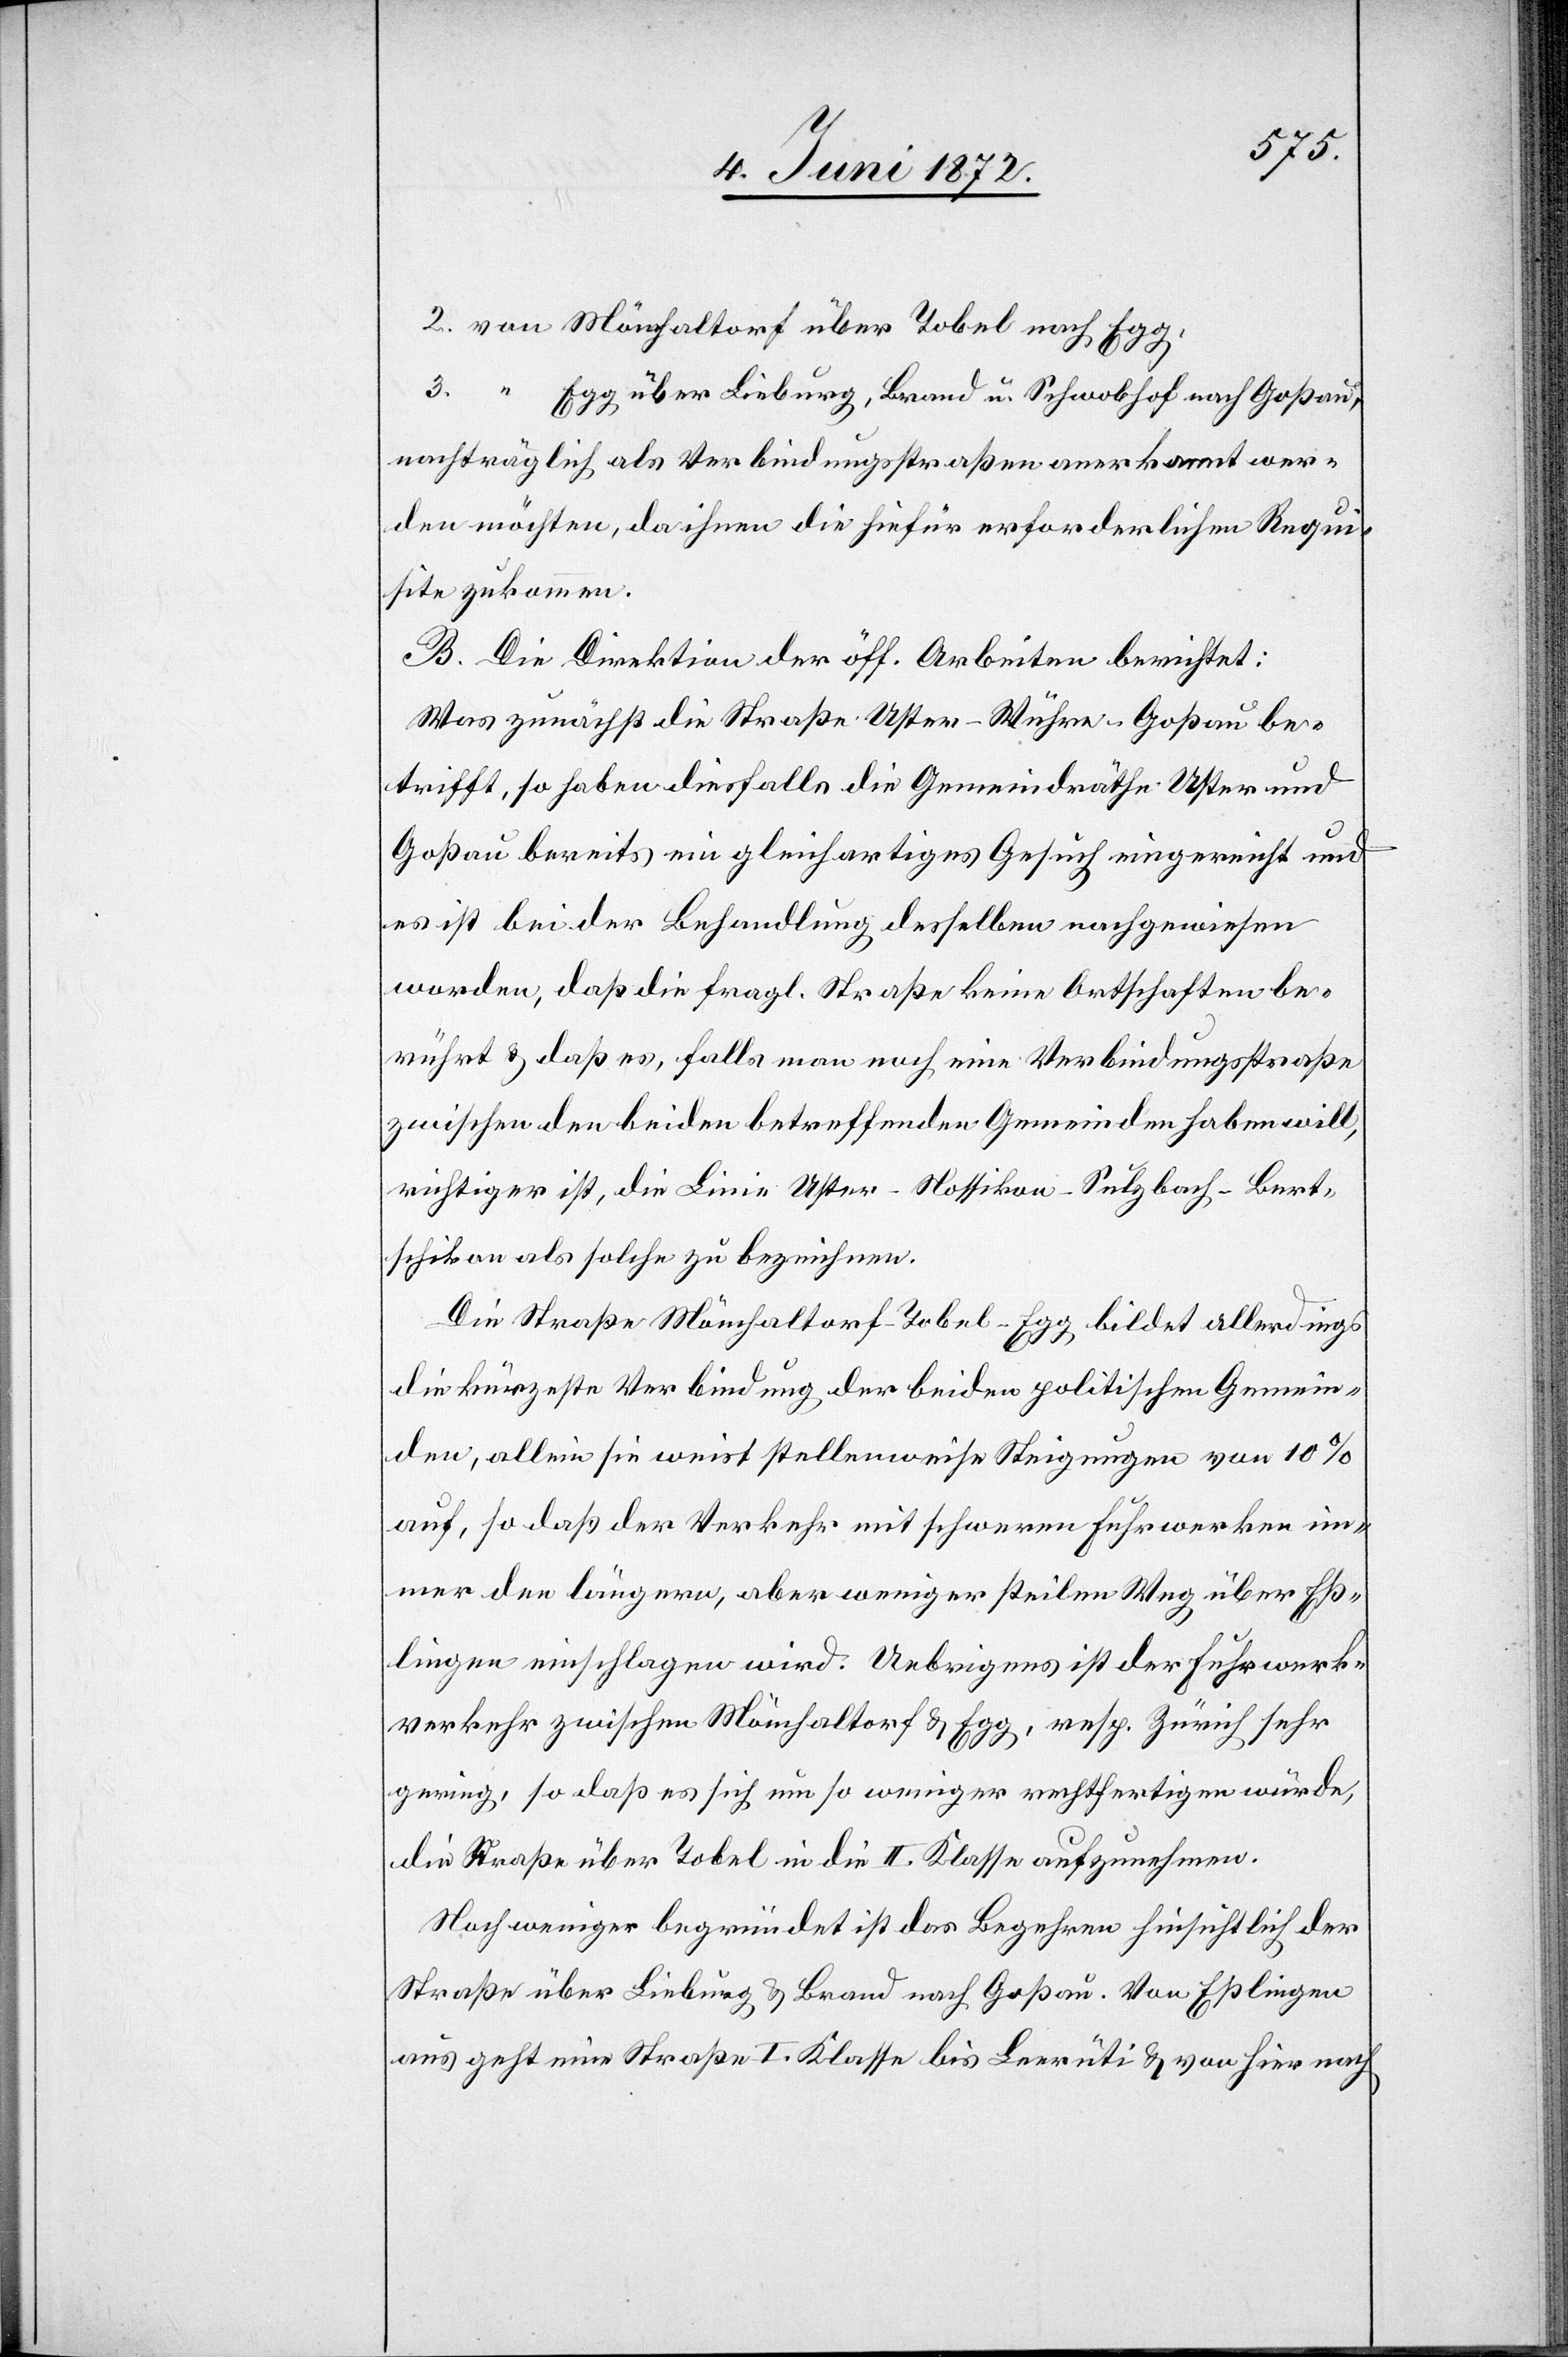
2. von Mönchaltorf über Tobel nach Egg,
3. “ Egg über Lieburg, Brand u. Schwobhof nach Goßau,
nachträglich als Verbindungsstraßen anerkannt wer¬
den möchten, da ihnen die hiefür erforderlichen Requi¬
site[n] zukommen.
B. Die Direktion der öff. Arbeiten berichtet:
Was zunächst die Straße Uster–Wühre–Goßau be¬
trifft, so haben diesfalls die Gemeindräthe Uster und
Goßau bereits ein gleichartiges Gesuch eingereicht und
es ist bei der Behandlung desselben nachgewiesen
worden, daß die fragl. Straße keine Ortschaften be¬
rührt u. daß es, falls man noch eine Verbindungsstraße
zwischen den beiden betreffenden Gemeinden haben will,
richtiger ist, die Linie Uster–Nossikon–Sulzbach–Bert¬
schikon als solche zu bezeichnen.
Die Straße Mönchaltorf–Tobel–Egg bildet allerdings
die kürzeste Verbindung der beiden politischen Gemein¬
den, allein sie weist stellenweise Steigungen von 10
auf, so daß der Verkehr mit schweren Fuhrwerken im¬
mer den längern, aber weniger steilen Weg über Eß¬
lingen einschlagen wird. Uebrigens ist der Fuhrwerk¬
verkehr zwischen Mönchaltorf u. Egg, resp. Zürich sehr
gering, so daß es sich um so weniger rechtfertigen würde,
die Straße über Tobel in die II. Klasse aufzunehmen.
Noch weniger begründet ist das Begehren hinsichtlich der
Straße über Lieburg u. Brand nach Goßau. Von Eßlingen
aus geht eine Straße bis Leerüti u. von hier nach